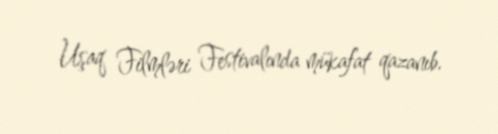
Uşaq Filmləri Festivalında mükafat qazanıb.